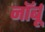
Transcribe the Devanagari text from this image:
नॉर्बू